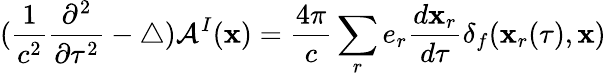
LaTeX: (\frac{1}{c^{2}}\frac{\partial^{2}}{\partial\tau^{2}}-\triangle){\cal A}^{I}({\mathbf x})=\frac{4\pi}{c}\sum_{r}e_{r}\frac{d{\mathbf x}_{r}}{d\tau}\delta_{f}({\mathbf x}_{r}(\tau),{\mathbf x})